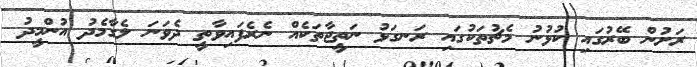
ރަށުން ބޭރުގައި ކުޅުނު މެޗުތަކުގައި ރަނގަޅު ނަތީޖާތަކެއް ނެރެފައިވާތީ ދެވަނަ ލެގާމެދު އުންމީދު